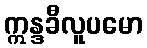
ဣန္ဒခီလူပမော